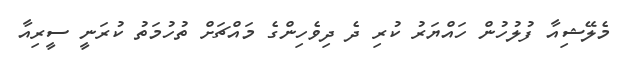
މެލޭޝިއާ ފުލުހުން ހައްޔަރު ކުރި ދެ ދިވެހިންގެ މައްޗަށް ތުހުމަތު ކުރަނީ ސީރިއާ